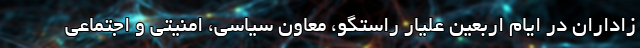
زاداران در ایام اربعین علیار راستگو، معاون سیاسی، امنیتی و اجتماعی